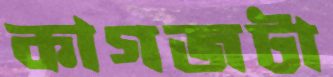
কাগজটা